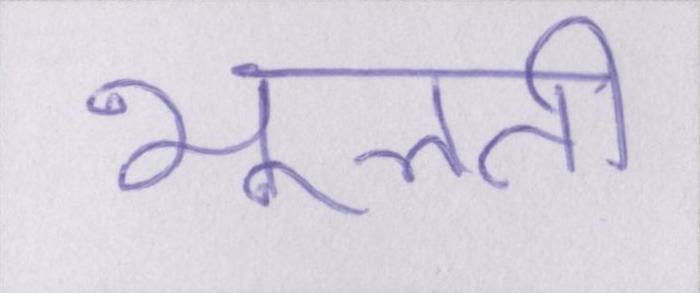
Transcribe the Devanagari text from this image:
भूलती